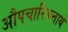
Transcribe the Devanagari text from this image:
औपचारिकतायें